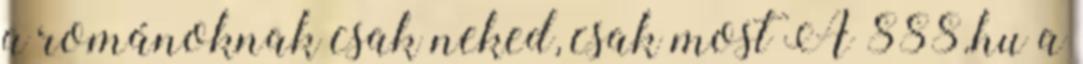
a románoknak csak neked, csak most A 888.hu a